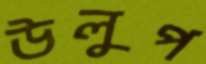
উলুপ